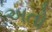
અતો